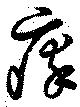
瘁